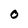
Character: O